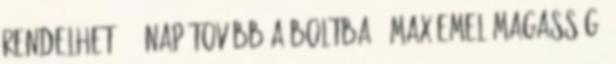
Rendelhető, 2 nap tovább a boltba . Max Emelőmagasság: